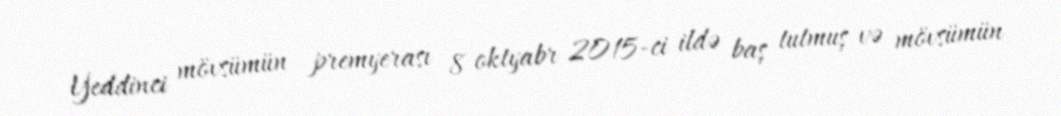
Yeddinci mövsümün premyerası 8 oktyabr 2015-ci ildə baş tutmuş və mövsümün